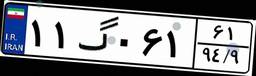
۱۱گ۰۶۱۶۱